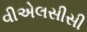
વીએલસીસી